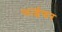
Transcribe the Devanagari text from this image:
फाईफर